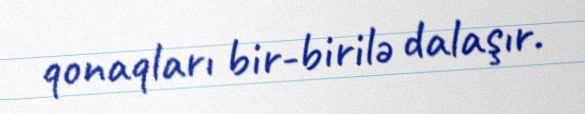
qonaqları bir-birilə dalaşır.